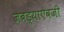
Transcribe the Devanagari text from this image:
जबड्याऐवजी